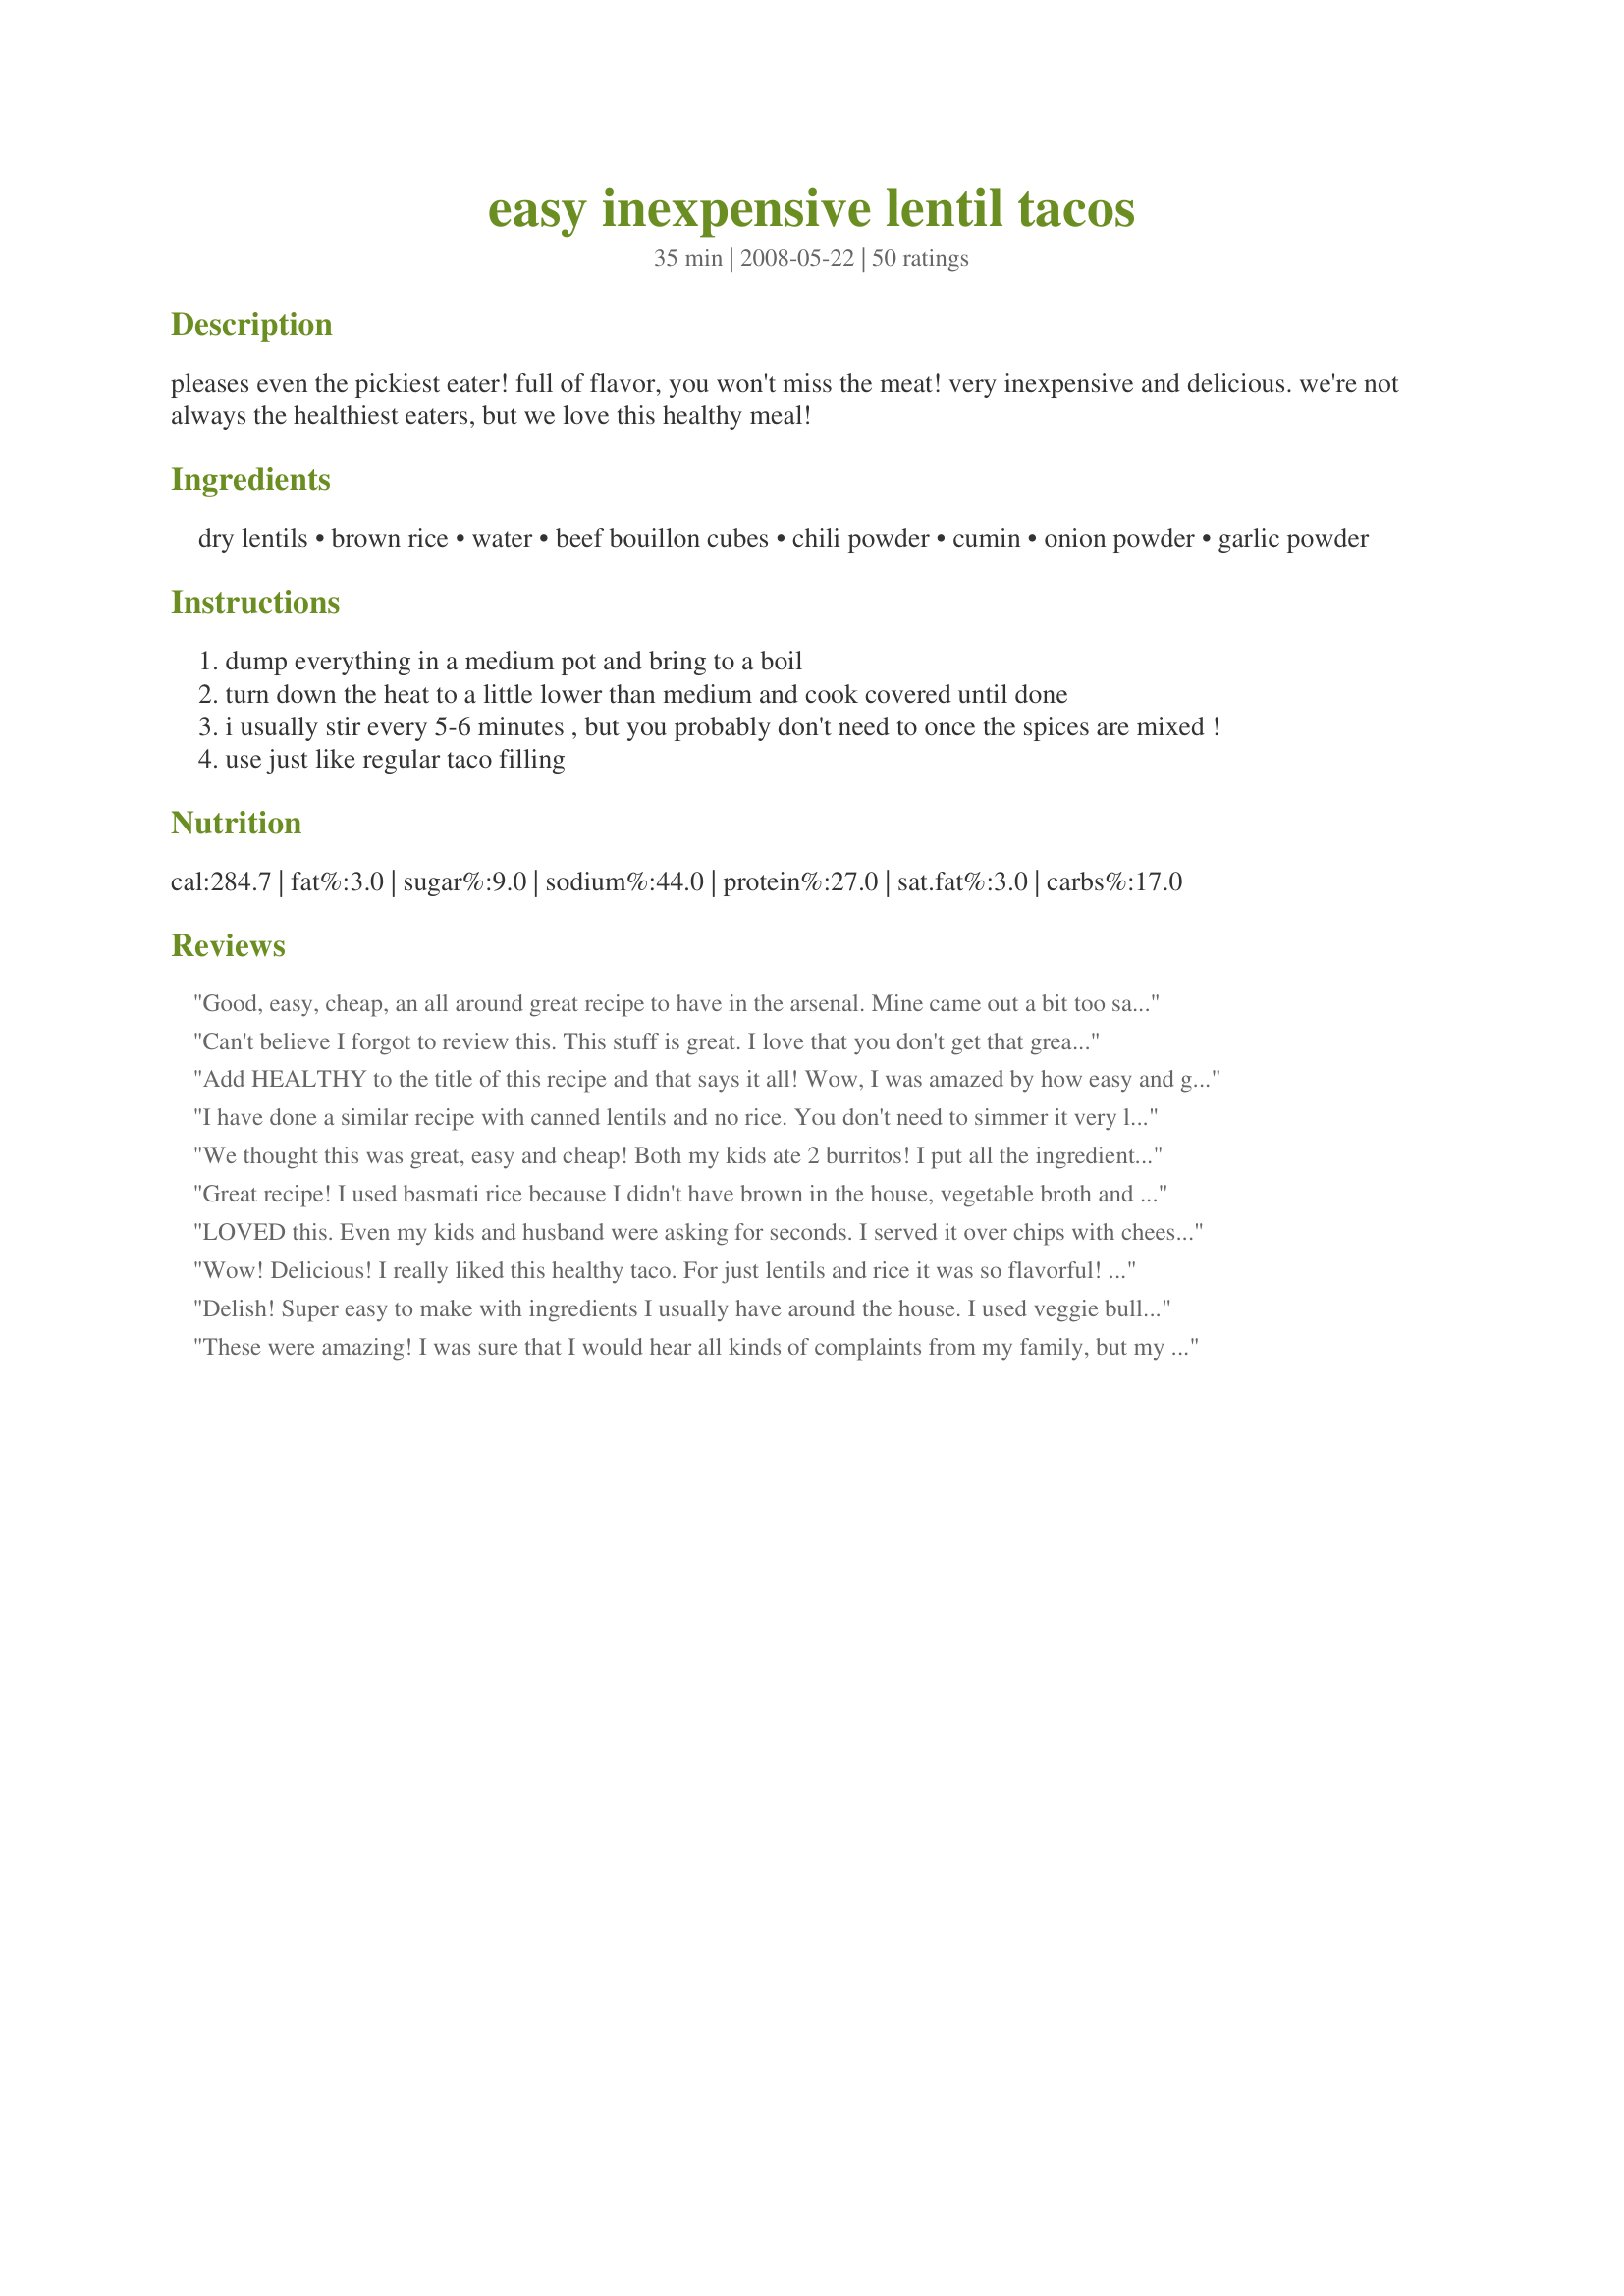
easy inexpensive lentil tacos
Preparation time: 35 minutes

pleases even the pickiest eater! full of flavor, you won't miss the meat! very inexpensive and delicious. we're not always the healthiest eaters, but we love this healthy meal!

Ingredients:
dry lentils, brown rice, water, beef bouillon cubes, chili powder, cumin, onion powder, garlic powder

Steps:
dump everything in a medium pot and bring to a boil
turn down the heat to a little lower than medium and cook covered until done
i usually stir every 5-6 minutes , but you probably don't need to once the spices are mixed !
use just like regular taco filling

Reviews:
Good, easy, cheap, an all around great recipe to have in the arsenal. Mine came out a bit too salty, I'm sure due to variations in saltiness of the broth base. (I used mushroom, to keep it veg...) I'll definitely make this again.
Can't believe I forgot to review this. This stuff is great. I love that you don't get that greasy feel like when you eat tacos. I made taco salad. Even my carnivore DH liked it. Somebody suggested using this for ground beef stroganoff. Can't wait to try it. Thanks Dixon. Just made this for about the 4th time. I still haven't had the nerve to tell my DH there's no meat in his taco salads, but he raves about this every time I make it. I make dog food for my three furbabies, however, tonight I didn't have any made up for them, so gave them a heaping spoon of the taco "meat" mixed with their dry dog food and a little water and they all scarfed it down, even my pickie little Yorkie. So this not only gets five stars, but 12 paws up also.
Add HEALTHY to the title of this recipe and that says it all! Wow, I was amazed by how easy and good this recipe was. Wouldn't change a thing. Made a &quot;taco&quot; salad with it and it was wonderful.
I have done a similar recipe with canned lentils and no rice.
You don't need to simmer it very long that way, or add very much broth. You will need about 1/2 cup to 2 cans of lentils.
We thought this was great, easy and cheap! Both my kids ate 2 burritos! I put all the ingredients in a crock pot on high for 2 hours. I used chicken broth instead of bouillon cubes. I did have to add a fair amount of salt though. I will make this again.
Great recipe! I used basmati rice because I didn't have brown in the house, vegetable broth and green lentils-which may have been a mistake. The rice was cooked perfectly and the lentils were still a little too firm, I will try to get my hands on brown lentils next time. I also used mamma's kitchen's "Taco Seasoning" recipe from this site (5 tsp's of it to be exact) in place of the other seasonings and it gave it a perfect flavour! Thanks for sharing DixonBookLover!
LOVED this. Even my kids and husband were asking for seconds. I served it over chips with cheese, nacho-style, with sour cream on the side.
Wow! Delicious! I really liked this healthy taco. For just lentils and rice it was so flavorful! I usually have to add more seasoning to recipes, but not this time. I successfully substituted white rice and together they took about 30min to cook.
Delish! Super easy to make with ingredients I usually have around the house. I used veggie bullion and added a bit of salt. I served this with baked corn tortillas, Mexcan slaw, avocados, salsa and hot sauce. I will make this again for sure. thanks for posting!
These were amazing! I was sure that I would hear all kinds of complaints from my family, but my kids didn't even seem to notice that anything was different! I followed the recipe exactly as written, using beef bouillon. I did have to cook mine a bit closer to 30 minutes for the rice to get tender enough. Served with warmed flour tortillas, shredded lettuce and cheddar cheese, chopped tomatoes and taco sauce - yum! We are already having this again 5 nights later!!! Very quick, healthy and cheap - most importantly TASTES GOOD! Can't wait to eat these again - thanks DixonBookLover!!!
Thank you, thank you for this recipe! My husband who claims not to like lentils LOVED his tacos this evening! We all did. I was wondering if I would prefer an actual taco seasoning mix rather than these spices, but NAH! I'll make them just like this every time....or once a week per my husbands request! : )
First time making this recipe and it was easy, inexpensive and tasty. Not as good as beef but still good and WAY less expensive and much easier. Will use the leftovers for nachos. I&#039;ll be making this again and again.
Worthy of the ratings! These were great, cheap and easy, and will definitely be a regular in our house. Note: it did take more like 45 minutes of cooking time to get the rice fully cooked
These were excellent, much better than I had expected. I didn't have any onion powder, so I used all garlic powder, and they still were wonderful. We actually made them into burritos. All we added was a little shredded cheese in the tortilla and then a dab of sour cream on the side of the plate. I'll be making this many times, over and over again!
Delicious! We are trying to eat meatless once a week, and this is point on. My husband really couldn&#039;t tell there was no meat, I used vegetable base for the stock, just couldn&#039;t have been better and healthy to boot. Thanks..
This was delicious. To cut down on the sodium I only used half of 1 vegetable bouillon cube and substituted 2 cups of the water for 2 cups of vegetable broth. I followed the suggestions of other posts and put it all in the crock pot and cooked it only low for about 4 hours. I put the mixture in romaine lettuce and topped with tomatoes. I will definitely make this again!
To me this wouldn't be a good substitute for taco filling made with meat. I just really like ground meat in my tacos. But as a taco flavored lentil/rice dish this is quite good. I made it last night and ate a bowl of it with sour cream and salsa. The only change I made was to use white rice because I didn't have any brown on hand. The only problem that I had with this recipe is that I had to add more water because not all the lentils were cooked. Most of them were but there were still a few that were crunchy. Even after adding more water and cooking longer there were still a few that weren't quite done. I've had this problem every time I've cooked lentils so if any one has any lentil cooking tips I would appreciate it.
We love this recipe! I love that it really is easy and cheap and delicious enough for my omnivores, and I can now make it even easier - I just toss it all in my rice cooker! :) I used the "Brown Rice" setting on mine and let it go for about an hour until it beeped. I will warn people, though: I made a double batch, which COMPLETELY filled my 5.5c. model. It also fed my family of 6 tacos, plus lunches for 4 plus snackies (with chips or crackers). This makes a LOT! As far as the "4 servings", that must be for really hungry people or for overstuffed burritos! Thanks so much for posting.
Yummy! Can&#039;t get much easier, or inexpensive to boot! I filled lettuce leaves, while my kids had taco shells. It&#039;s also great on tortilla chips!
This was so good, my carnivore husband loved it! (and I did, too). Best of all, my picky 3.5 year old and 18 month old loved it. I did sub in taco seasoning instead of the seasonings (I used about 1/8 cup bulk taco seasoning, and the 4 bouillon cubes) so good! I have wanted to try this for weks, but was afraid we wouldn't like it...I wish I had tried it sooner, it is great. We used this for burritos with refried beans, cheese, sour cream and some salsa. Thanks for this great cheap recipe!
Though the ingredients are simple this actually tastes really fabulous! I made it in my rice cooker on the 'quick rice' (the basic) setting while I went to the store for tortillas, avocados and salsa. It was a great, simple meal. Filling and satisfying without meat!
(I also added 1/4 cup of diced onion because we don't like onion powder, it cooked through nicely)
What a lifesaver. This is so cheap and easy to do (do watch your lentils - for some reason when I cook lentils water will boil on the top but the bottom will get dry and burn...which is a stinky, nasty disaster - so don't forget to stir!) Mine did take probably around 40 minutes. I used vegetable broth powder instead of beef bouillon to make this vegan/vegetarian. Even my friend's roommate loved it.
This was good. Worked great in my tacos. Took about an hour to cook completely.
You have named these perfectly! I would also add tasty and vegetarian. Great replacement for taco meat that is deceptively meaty. We make these often. Often I'll use our Penzey's taco seasoning instead of the listed spices for one even easier step.
This is super yummy! The consistancy alone isn't like ground meat, but in a taco it's very comparable. Very easy to make. This is a perfect way to make a ground meat substitute and I will experiment with it quite a bit. Simply change the seasonings to fit your dish. It's going to be great...
Edited 08/09: This is a great sub for anything calling for ground beef! I make big batches and freeze. Great for taco salads, nachos, ground "beef" stroganof, etc. The possibilities are endless! I think it's all about the texture... Now i just want to try to figure out how to make it into meatballs....
Delicious!! It's a staple in my family. I add tsp of coriander along with the other seasonings. I also add 1 cup of brown lentils and 1 cup of brown rice. I find that mixing the seasonings into the vegetable broth with a whisk prior to adding the lentils and brown rice helps to evenly distribute the seasoning.
Delicious recipe, even though I forgot the chili powder! :) Next time I'll put some in. I did end up using 5 cups of water total in order for my rice to cook thoroughly, it ended up around 45 minutes of cook time. Nice meatless recipe.
This was so tasty and filling! And the picky eaters of my family LOVED it! Thanks for posting this great recipe...we will be using it again :)
This was absolutely delicious. Even my two year old ate it. I had to cut down on the chili a little but other than that we loved it. My husband loves tacos but hates ground anything so I am very limited as to fillings. This will be made weekly in our house.
I like this better than ground beef, no grease and easier to cook!
This is easy and inexpensive, but it has such a hearty good taste. My daughter was worried about how it looked and worried she might not like the texture. But the texture is just like the meat taco mixture. We do "tacos" nacho style so we served this with a bit of salsa garnish and a bit of cheeder cheese for garnish as well, with yellow corn tortilla chips. YUM! Thank you DixonBookLover!!!
So easy! We throw everything in the crock pot and it comes out beautifully. Thanks for posting.
This was good, but not outstanding. I used veggie broth in place of beef, and to make this even easier, put everything into my rice cooker. Served this with taco shells, salsa, avocado, and cholula sauce. Definitely easy and inexpensive. Thanks for posting.
Good and perfect for a quiet Friday night dinner. I cooked the lentils (mostly brown but some red lentils) separately from the brown rice. We added all sorts of fixings to the tacos: cilantro, salsa, red onion, mixed greens, etc. Fresh veggie broth replaced the water/boullion. The spices would be fun to play with... Made for Best of 2013
This wasn't my favorite recipe. I made it in the crock pot which was really easy but the flavor was pretty bland. I think I doubled all the suggested spices throughout it's cooking.
Delicious! I dumped all the ingredients in my crock pot and cooked it on low for about 6 hours. It came out perfectly. Great recipe!
Super easy to make. Healthy with nice Tex-Mex flavor. Made an easy week-night family meal. Thanks.
What a good idea to use lentils as a taco filling. My fussy teenagers wont eat it but I love it and can add as much chilli as I like since I only have to please myself, very versitile to serve with rice. Many thanks, chris. P.S. I just made this for my dinner, I added 2 potatoes, small dice as well as a sweet potatoe. It was amazing I didn't miss the meat and there was plenty of flavour also I used white rice but that was because I couldn't be bothered going to the supermarket. Thanks again will be making this again.
Yes!!!!! SO GOOD!!! My husband and I are starving students, and this both fit our budget and and tasted amazing!!! We ate it with salsa, cheese, and tortilla chips. There are some many options for this recipe... Thank you!!
Cheap.. easy .. healthy.. FLAVORFUL! This was great. I used it for tacos and burritos.. also put it on top of shredded lettuce with some chopped tomato, salsa, sour cream and grated cheddar cheese. They were all delicious. No greasy meat drippings.. This is a keeper.
Made great inexpensive tacos, - nice inside crunchy shells. With the other toppings they were as good as beef. I reheated the leftovers topped with cheese and guacamole, and that was good, too However, at high altitude the brown rice takes much longer to cook then the lentils, so if I make this again, I'll start the rice and then add the lentils 10 or 15 minutes later, so they don't get so mushy. (I don't cook with brown rice very often...)
Fabulous. Easy and tasted great. I added some ground coriander. My daughter has turned vegan and I am trying to please everyone is the house. It worked and I did add some cheese to mine. I made a double batch and froze half for next week. Thanks.
This is a great recipe! Healthy and delicious. My family loved this and wants me to make it often. Thanks for posting this recipe-- I'd highly recommend it!
Amazing! I let all of the spices (which I doubled) and the bouillion dissolve in the water before adding the rice and lentils. Also, I think I had my heat up a bit too high because it was pretty crunchy after 30 minutes so I added some more water and let it go another 15 or so. These tacos are absolutely delicious, you don't miss the meat at all. We're not vegetarians but I will still be making these often!
I am a taco freak and i loved this. i served this by itself topped with a few shreds of cheddar, fresh pico de gallo, and a dollop of fat free greek yogurt. Delicious! i will make this on a very regular basis. The only thing i changed is i used beef stock instead of bullion to reduce the sodium a bit.
This is probably the nearest to perfection this recipe can get. I've tried many versions, but this is the quickest, easiest and down-right tastiest. I've made it a few times using chicken broth and beef broth. Both come out wonderfully.
Thanks for posting this!
I can't believe I haven't rated this recipe yet! We are meat eaters, but we LOVE this! We prefer this than we do using ground beef. I crave these. I also love how it is soooo easy to make. My kids wouldn't eat tacos until now. They gobble these right up. I usually cook the lentils and rice for about 30 minutes or so. This is one of my favorite meals to cook when I don't feel like cooking, because it is so easy. Thanks so much for a great recipe!
Very tasty! I used chopped onion and vegetable broth. Quick and easy! Thanks for posting!
We are total carnivores but LOVED this vegetarian meal. We used it as burrito filling and I doubled the recipe and froze half in the bottom of a casserole dish for a taco casserole later. So yummy! I don't think we'll ever use taco meat again!
This really had nice flavor. I did increase the cooking time quite a bit as other reviewers to make sure the brown rice was soft. I also added a can of drained and rinsed black beans as it was a bit spicy for my youngest, but the rest of us put some hot sauce on ours. Nice and filling and really cheap to make! I also used 3 teaspoons of Better than Bouillon beef flavor instead of the bouillon cubes to help reduce the sodium; you could also just replace the water with low sodium beef broth or stock. I think I'd back off on the chili powder next time just to help with the spiciness but we did love the addition of black beans. I'll definitely keep this in the arsenal of things to throw in the crock pot on days we have swimming and scouts going on at dinnertime. Thanks for a great recipe; I'll pass this one on to family and friends!
